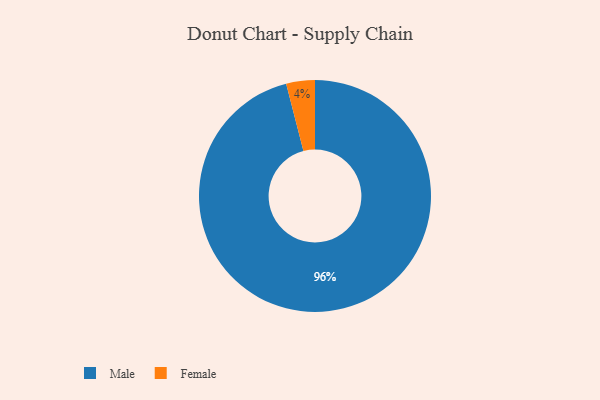
{"axis": {"x": "Category", "y": "Percentage"}, "legend": ["Female", "Male"], "data": [{"x": "Male", "y": 96, "type": "Male"}, {"x": "Female", "y": 4, "type": "Female"}]}